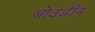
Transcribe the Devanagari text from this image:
बोउडीन